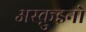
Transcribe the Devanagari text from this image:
अस्क़ुइनो